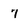
Character: 7